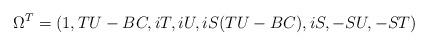
LaTeX: \begin{align*}\Omega^T = (1, TU - BC, iT, iU, iS(TU - BC), iS, -SU, -ST)\end{align*}